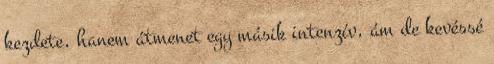
kezdete, hanem átmenet egy másik intenzív, ám de kevéssé